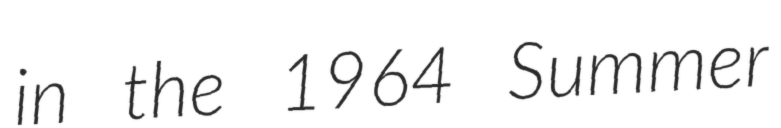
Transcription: in the 1964 Summer